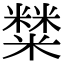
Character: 𥼬